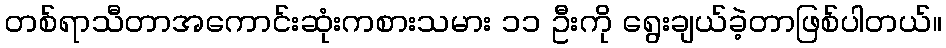
တစ်ရာသီတာအကောင်းဆုံးကစားသမား ၁၁ ဦးကို ရွေးချယ်ခဲ့တာဖြစ်ပါတယ်။